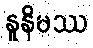
နူနိမဿ